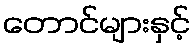
တောင်များနှင့်